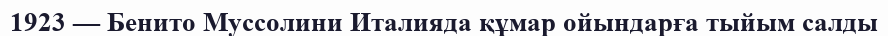
1923 — Бенито Муссолини Италияда құмар ойындарға тыйым салды